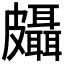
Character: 𱲉